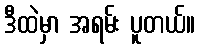
ဒီထဲမှာ အရမ်း ပူတယ်။